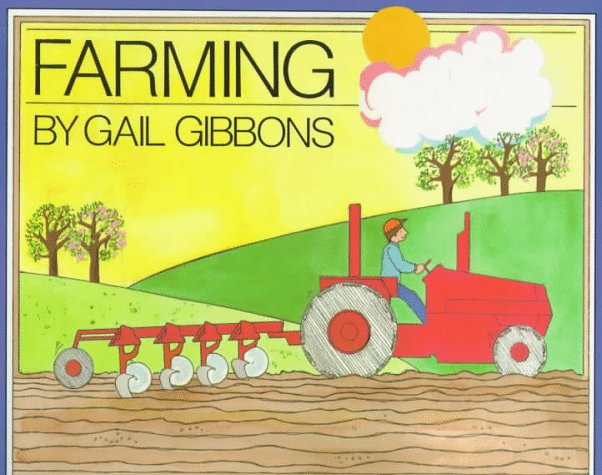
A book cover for Farming; Gail Gibbons; Children's Books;